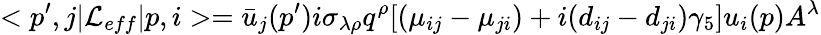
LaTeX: <p^{\prime},j|{\cal L}_{eff}|p,i>=\bar{u}_{j}(p^{\prime})i\sigma_{\lambda\rho}q^{\rho}[(\mu_{ij}-\mu_{ji})+i(d_{ij}-d_{ji})\gamma_{5}]u_{i}(p)A^{\lambda}